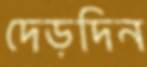
দেড়দিন